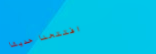
افتتحنا حديثاً